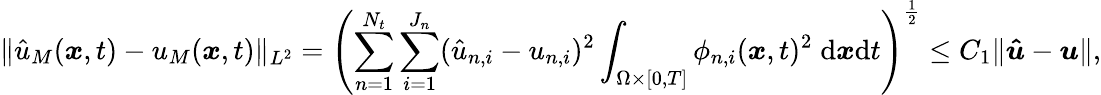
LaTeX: \| \hat{u}_{M}(\boldsymbol{x},t)-u_{M}(\boldsymbol{x},t)\| _{L^{2}}=\left(\sum_{n=1}^{N_{t}}\sum_{i=1}^{J_{n}}(\hat{u}_{n,i}-u_{n,i})^{2}\int_{\Omega\times[0,T]}\phi_{n,i}(\boldsymbol{x},t)^{2}\; \mathrm{d}\boldsymbol{x}\mathrm{d}t\right)^{\frac{1}{2}}\le C_{1}\| \boldsymbol{\hat{u}}-\boldsymbol{u}\| ,